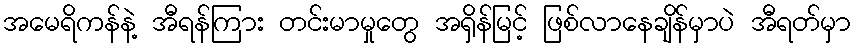
အမေရိကန်နဲ့ အီရန်ကြား တင်းမာမှုတွေ အရှိန်မြင့် ဖြစ်လာနေချိန်မှာပဲ အီရတ်မှာ